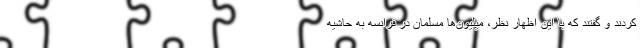
کردند و گفتند که با این اظهار نظر، میلیون‌ها مسلمان در فرانسه به حاشیه